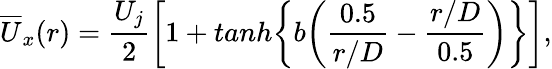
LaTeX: \overline{{U}}_{x}(r)=\frac{U_{j}}{2}\bigg[1+tanh\bigg\{ b\bigg(\frac{0.5}{r/D}-\frac{r/D}{0.5}\bigg)\bigg\} \bigg],